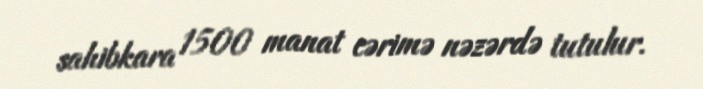
sahibkara 1500 manat cərimə nəzərdə tutulur.